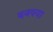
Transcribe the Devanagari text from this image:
बनवया